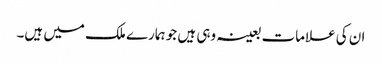
ان کی علامات بعینہ وہی ہیں جو ہمارے ملک میں ہیں۔